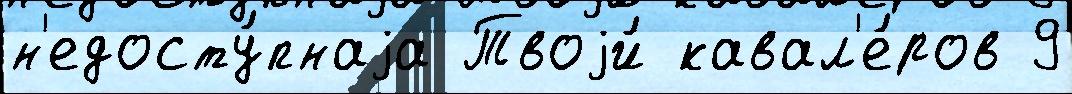
н'едосту́пнаjа Твоjи́ кавал'е́ров 9